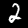
Label: 2